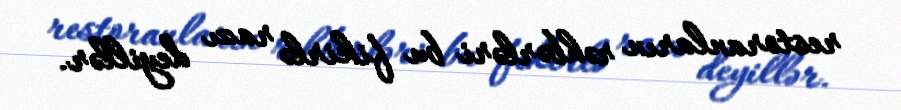
restoranların rəhbərləri bu fikirlə razı deyillər.